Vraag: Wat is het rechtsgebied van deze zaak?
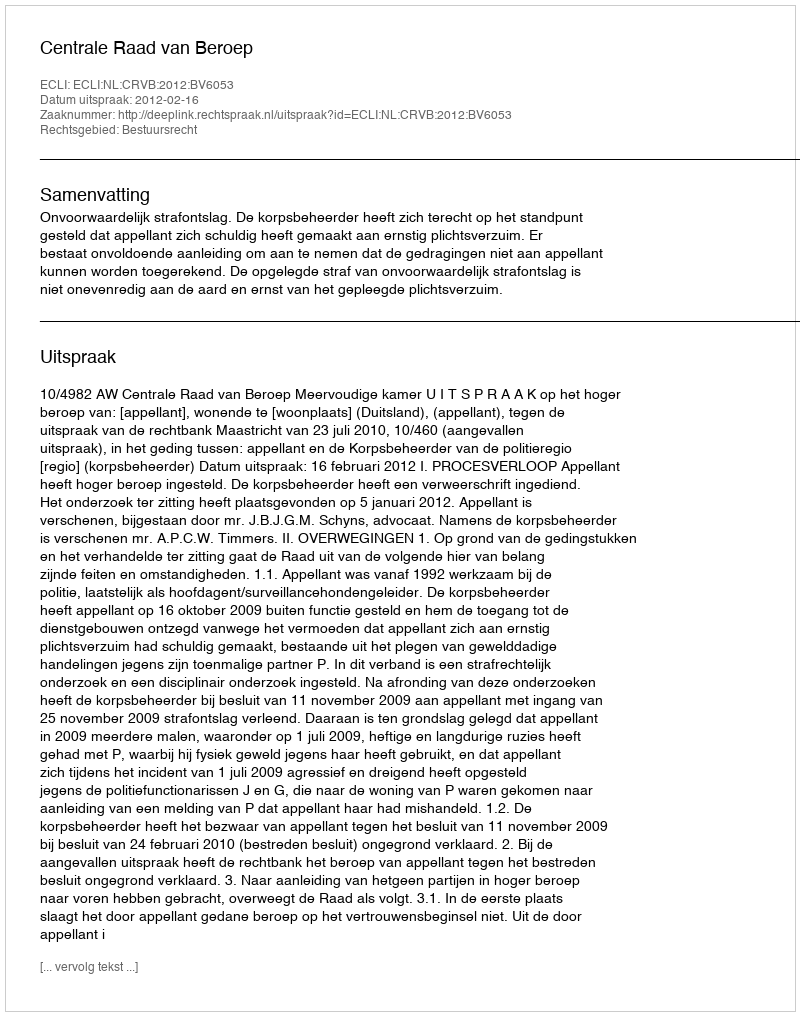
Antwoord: Bestuursrecht